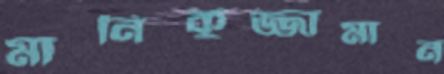
মানিকুজ্জামান